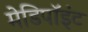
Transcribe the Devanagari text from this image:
मेडिपॉइंट